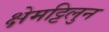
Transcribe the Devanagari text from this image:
क्षेमट्टिलुन